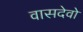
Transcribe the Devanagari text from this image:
वासदेवो